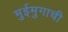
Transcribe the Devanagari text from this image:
भुईमुगाची